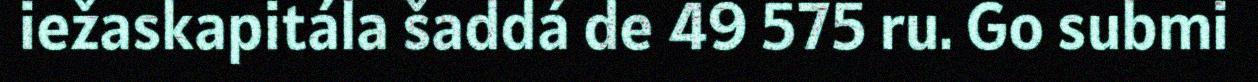
iežaskapitála šaddá de 49 575 ru. Go submi